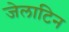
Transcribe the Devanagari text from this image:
जेलाटिन